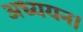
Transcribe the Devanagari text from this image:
अध्‍ययन।